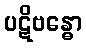
ပဋိဗန္ဓော